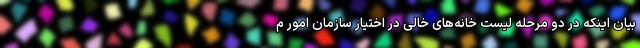
بیان اینکه در دو مرحله لیست خانه‌های خالی در اختیار سازمان امور م